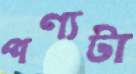
পণ্যটা